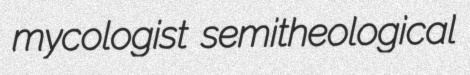
mycologist semitheological